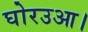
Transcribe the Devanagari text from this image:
घोरउआ।